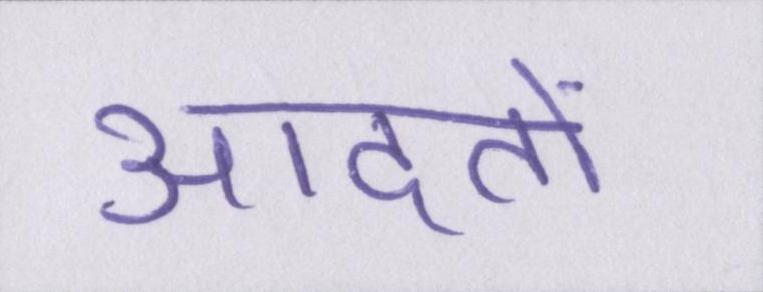
आदतों